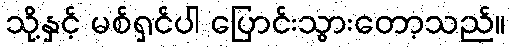
သို့နှင့် မစ်ရှင်ပါ ပြောင်းသွားတော့သည်။